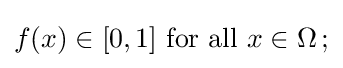
f(x)\in [0,1]{\mbox{ for all }}x\in \Omega \,;